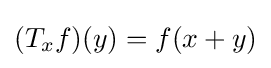
(T_{x}f)(y)=f(x+y)